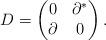
LaTeX: \begin{gather*}D=\begin{pmatrix}0 & {\partial}^*\\{\partial} & 0\end{pmatrix}.\end{gather*}